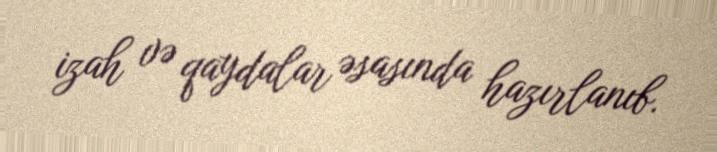
izah və qaydalar əsasında hazırlanıb.